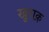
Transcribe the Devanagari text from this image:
खु़राक़